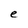
Character: e